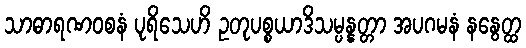
သာဓာရဏဝစနံ ပုရိသေဟိ ဥတုပစ္စယာဒိသမ္ပန္နတ္တာ အပဂမနံ နနွေတ္ထ